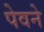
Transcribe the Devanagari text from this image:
पेवने